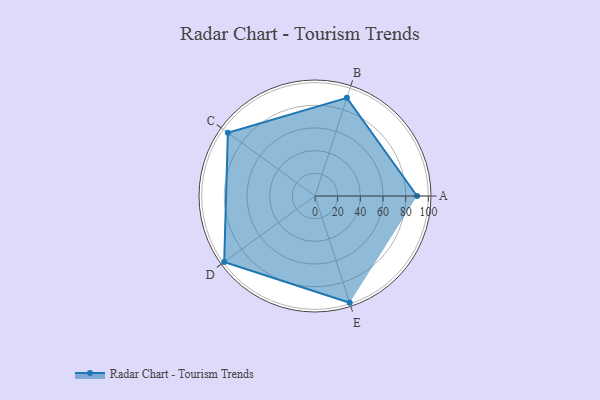
{"axis": {"x": "Skill", "y": "Score"}, "legend": ["Profile"], "data": [{"x": "A", "y": 90.0, "type": "Profile"}, {"x": "B", "y": 91.0, "type": "Profile"}, {"x": "C", "y": 95.0, "type": "Profile"}, {"x": "D", "y": 99, "type": "Profile"}, {"x": "E", "y": 99, "type": "Profile"}]}